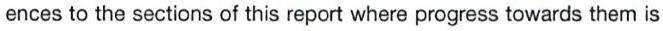
ences to the sections of this report where progress towards them is